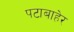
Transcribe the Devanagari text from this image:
पटाबाहेर